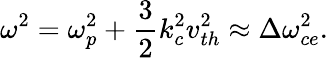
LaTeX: \omega^{2}=\omega_{p}^{2}+\frac{3}{2}k_{c}^{2}v_{th}^{2}\approx\Delta\omega_{ce}^{2}.